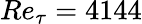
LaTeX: Re_{\tau}=4144